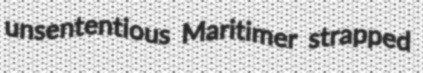
unsententious Maritimer strapped